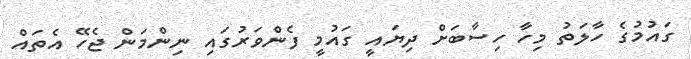
ގައުމުގެ ހާލަތު މިހާ ހިސާބަށް ދިޔައީ ގައުމީ ފެންވަރުގައި ނިންމަން ޖެހޭ އެތައް